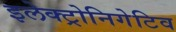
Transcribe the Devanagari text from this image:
इलेक्ट्रोनिगेटिव